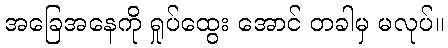
အခြေအနေကို ရှုပ်ထွေး အောင် တခါမှ မလုပ်။